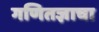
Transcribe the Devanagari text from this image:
गणितज्ञाचा